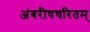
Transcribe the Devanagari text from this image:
अंबरीषचरितम्